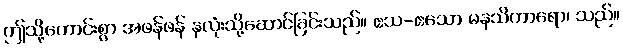
ဤသို့ကောင်းစွာ အဖန်ဖန် နှလုံးသို့ဆောင်ခြင်းသည်။ ဧသ-ဧသော မနသိကာရော၊ သည်။